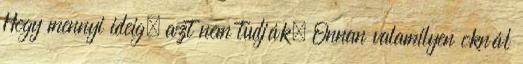
Hogy mennyi ideig, azt nem tudják. Onnan valamilyen oknál